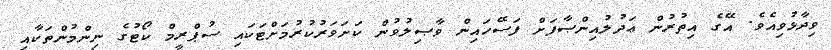
ވިދާޅުވިއެވެ. އޭގެ އިތުރުން ޢަދުލުއިންޞާފަށް ފަސޭހައިން ވާޞިލުވުން ކަށަވަރުކުރުމަށްޓަކައި ސުޕްރީމް ކޯޓުގެ ނިންމުންތަކާއި